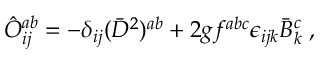
\hat { O } _ { i j } ^ { a b } = - \delta _ { i j } ( \bar { D } ^ { 2 } ) ^ { a b } + 2 g f ^ { a b c } \epsilon _ { i j k } \bar { B } _ { k } ^ { c } \; ,